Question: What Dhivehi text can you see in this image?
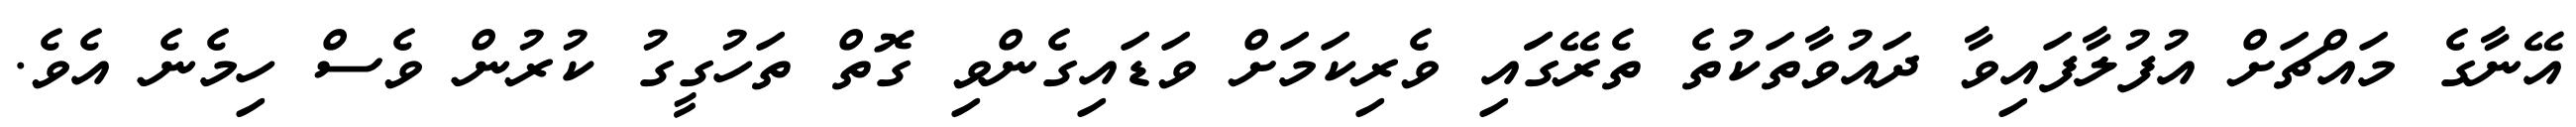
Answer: އޭނާގެ މައްޗަށް އުފުލާފައިވާ ދައުވާތަކުތެ ތެރޭގަައި ވެރިކަމަށް ވަޑައިގެންވި ގޮތް ތަހުގީގު ކުރުން ވެސް ހިމެނެ އެވެ.